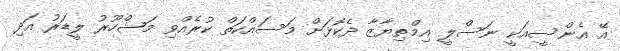
އޭ އެންސީއަކީ ނަސްލީ އިމްތިޔާޒާ ދެކޮޅަށް މަސައްކަތް ކުރެއްވި މަޝްހޫރު ލީޑަރު އަދި